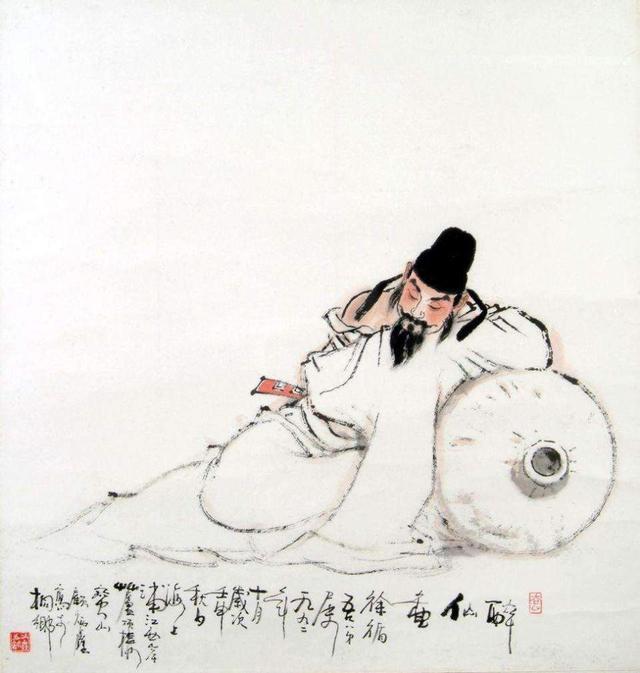
两句三年得，一吟双泪流。